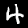
Digit: 4